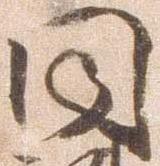
同